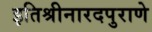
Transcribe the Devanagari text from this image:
इतिश्रीनारदपुराणे